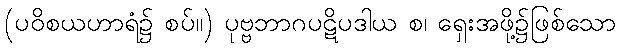
(ပဝိစယဟာရံ၌ စပ်။) ပုဗ္ဗဘာဂပဋိပဒါယ စ၊ ရှေးအဖို့၌ဖြစ်သော